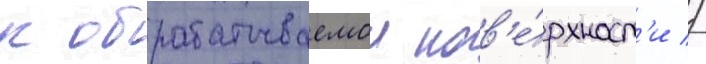
к обрабатываемои пов'е́рхност'и //